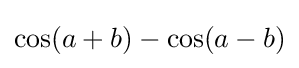
\cos(a+b)-\cos(a-b)